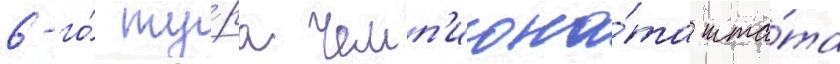
6-го́ ту́ра чемп'иона́та шта́та